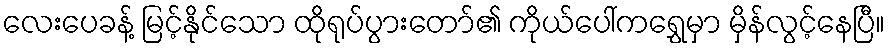
လေးပေခန့် မြင့်နိုင်သော ထိုရုပ်ပွားတော်၏ ကိုယ်ပေါ်ကရွှေမှာ မှိန်လွင့်နေပြီ။